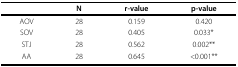
<table><thead><tr><td></td><td><b>N</b></td><td><b>r-value</b></td><td><b>p-value</b></td></tr></thead><tbody><tr><td>AOV</td><td>28</td><td>0.159</td><td>0.420</td></tr><tr><td>SOV</td><td>28</td><td>0.405</td><td>0.033*</td></tr><tr><td>STJ</td><td>28</td><td>0.562</td><td>0.002**</td></tr><tr><td>AA</td><td>28</td><td>0.645</td><td>&lt;0.001**</td></tr></tbody></table>